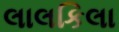
લાલકિલા